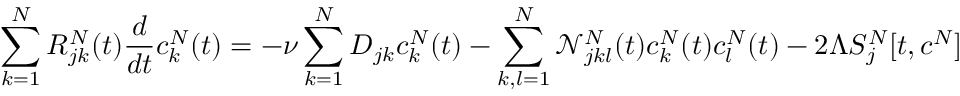
\sum _ { k = 1 } ^ { N } R _ { j k } ^ { N } ( t ) \frac { d } { d t } c _ { k } ^ { N } ( t ) = - \nu \sum _ { k = 1 } ^ { N } D _ { j k } c _ { k } ^ { N } ( t ) - \sum _ { k , l = 1 } ^ { N } \mathcal { N } _ { j k l } ^ { N } ( t ) c _ { k } ^ { N } ( t ) c _ { l } ^ { N } ( t ) - 2 \Lambda S _ { j } ^ { N } [ t , c ^ { N } ]